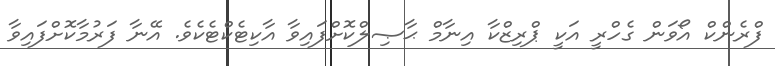
ފްރެންކް އޯވަން ގެހްރީ އަކީ ޕްރިޒްކާ އިނާމް ޙާޞިލްކޮށްފައިވާ އާކިޓެކްޓެކެވެ. އޭނާ ފަރުމާކޮށްފައިވާ